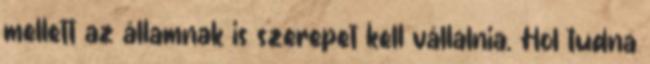
mellett az államnak is szerepet kell vállalnia. Hol tudna